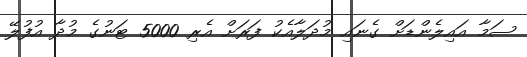
ސަމާ އައިލެންޑަށް ގެނައި މުދަލާއެކު ފަރަށް އެރި 5000 ޓަނުގެ މުދާ އުފުލޭ